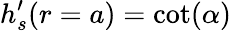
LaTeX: h_{s}^{\prime}(r=a)=\textrm{cot}(\alpha)